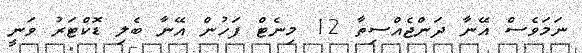
ނަމަވެސް އޭނާ ދަންޖެއްސިތާ 12 މިނެޓް ފަހުން އޭނާ ބެލި ޑޮކްޓަރު ވަނީ